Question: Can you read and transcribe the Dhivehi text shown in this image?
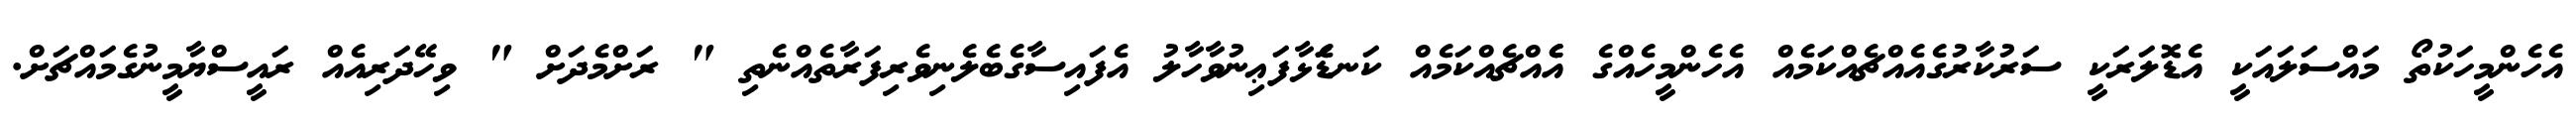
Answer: އެހެންމީހަކުތޯ މައްސަލައަކީ އެޑޮލަރަކީ ސަރުކާރުގެއެއްޗެއްކަމެއް އެހެންމީހެއްގެ އެެއްޗެއްކަމެއް ކަނޑަެަޅާފަޢިނުވާހާލު އެފައިސާގެބެލެނިވެރިފަރާތެއްނެތި " ރަށްމެދަށް " ވިހޭދަރިއެއް ރައީސްޔާމީނުގެމައްޗަށް.